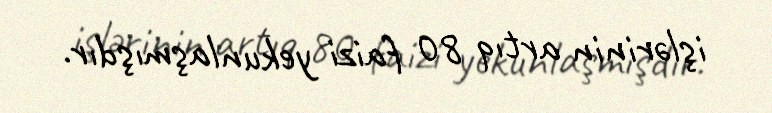
işlərinin artıq 80 faizi yekunlaşmışdır.